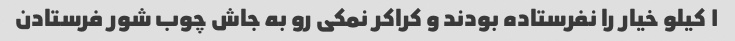
۱ کیلو خیار را نفرستاده بودند و کراکر نمکی رو به جاش چوب شور فرستادن